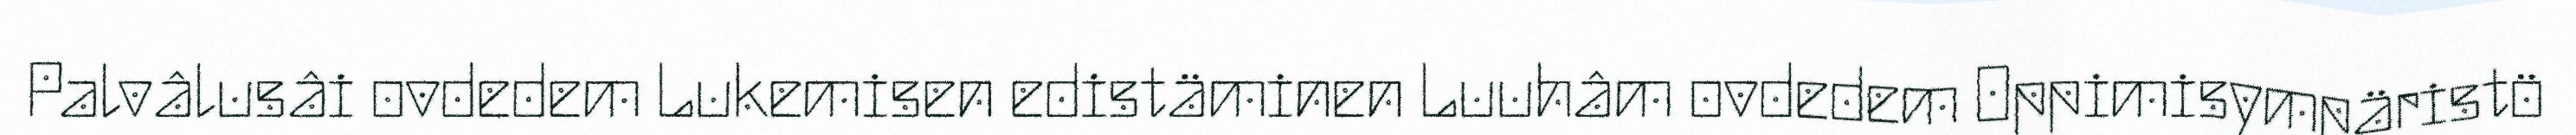
Palvâlusâi ovdedem Lukemisen edistäminen Luuhâm ovdedem Oppimisympäristö